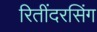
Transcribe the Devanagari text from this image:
रितींदरसिंग